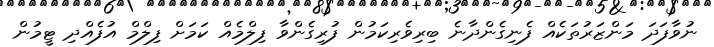
ނުވާފަދަ މަންޒަރުތަކެއް ފެނިގެންދާނެ ބިރިވެރިކަމުން ފުރިގެންވާ ފިލްމެއް ކަމަށް ފިލްމް އުފެއްދި ޓީމުން